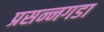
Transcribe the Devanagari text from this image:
प्रसन्नगडा